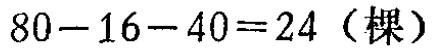
\(80 - 16 - 40 = 24（棵）\)